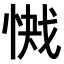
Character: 𭝞